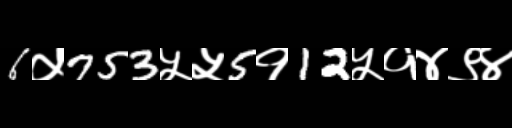
Text: 6५753५५5१12५१४९४